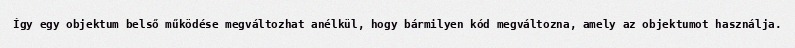
Így egy objektum belső működése megváltozhat anélkül, hogy bármilyen kód megváltozna, amely az objektumot használja.